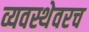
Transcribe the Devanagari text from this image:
व्यवस्थेवरच